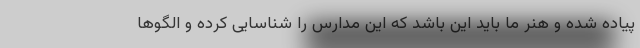
پیاده شده و هنر ما باید این باشد که این مدارس را شناسایی کرده و الگوها